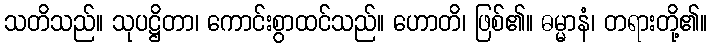
သတိသည်။ သုပဋ္ဌိတာ၊ ကောင်းစွာထင်သည်။ ဟောတိ၊ ဖြစ်၏။ ဓမ္မာနံ၊ တရားတို့၏။